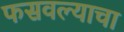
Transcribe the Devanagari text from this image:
फसवल्याचा